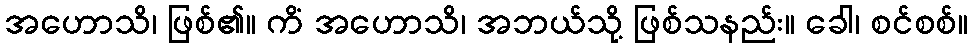
အဟောသိ၊ ဖြစ်၏။ ကိံ အဟောသိ၊ အဘယ်သို့ ဖြစ်သနည်း။ ခေါ၊ စင်စစ်။